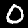
Digit: 0